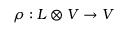
\rho : L \otimes V \rightarrow V